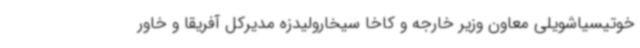
خوتیسیاشویلی معاون وزیر خارجه و کاخا سیخارولیدزه مدیرکل آفریقا و خاور